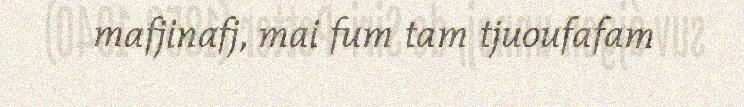
mafjinafj, mai fum tam tjuoufafam